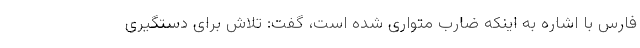
فارس با اشاره به اینکه ضارب متواری شده است، گفت: تلاش برای دستگیری